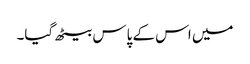
میں اس کے پاس بیٹھ گیا۔